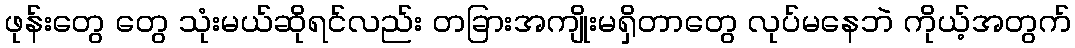
ဖုန်းတွေ တွေ သုံးမယ်ဆိုရင်လည်း တခြားအကျိုးမရှိတာတွေ လုပ်မနေဘဲ ကိုယ့်အတွက်